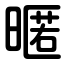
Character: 暱